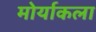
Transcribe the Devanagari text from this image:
मोर्याकला